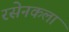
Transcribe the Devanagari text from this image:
रसेनकला